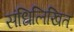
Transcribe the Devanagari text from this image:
संधिलिखित